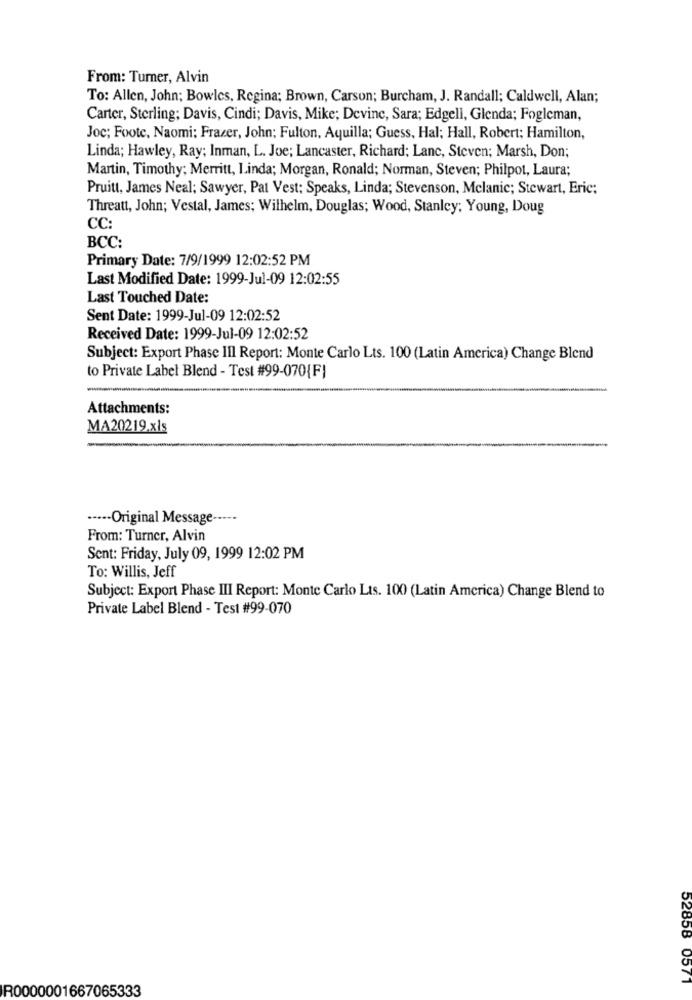
From: Turner, Alvin
To: Allen, John; Bowles, Regina; Brown, Carson; Burcham, J. Randall; Caldwell, Alan;
Carter, Sterling; Davis, Cindi; Davis, Mike; Devine, Sara; Edgell, Glenda; Fogleman,
Joc; Foote, Naomi: Frazer, John; Fulton, Aquilla; Guess, Hal; Hall, Robert; Hamilton,
Linda; Hawley, Ray; Inman, L. Joe; Lancaster, Richard; Lanc, Steven; Marsh, Don;
Martin, Timothy; Merritt, Linda; Morgan, Ronald; Norman, Steven; Philpot, Laura;
Pruitt, James Neal; Sawyer, Pat Vest: Speaks, Linda; Stevenson, Mclanic; Stewart, Eric;
Threatt, John; Vestal, James; Wilhelm, Douglas; Wood, Stanley; Young, Doug
CC:
BCC:
Primary Date: 7/9/1999 12:02:52 PM
Last Modified Date: 1999-Jul-09 12:02:55
Last Touched Date:
Sent Date: 1999-Jul-09 12:02:52
Received Date: 1999-Jul-09 12:02:52
Subject: Export Phase III Report: Monte Carlo Lts. 100 (Latin America) Change Blend
to Private Label Blend - Test #99-070{F}
Attachments:
MA20219.xls
···-- Original Message -----
From: Turner, Alvin
Sent: Friday, July 09, 1999 12:02 PM
To: Willis, Jeff
Subject: Export Phase III Report: Monte Carlo Lis. 100 (Latin America) Change Blend to
Private Label Blend - Test #99-070
52858 0571
R0000001667065333